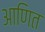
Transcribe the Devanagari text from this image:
आणित